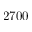
2 7 0 0